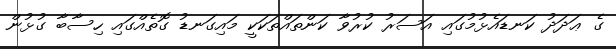
ގެ ޢަދަދު ކަނޑައެޅުމުގައި އަސަރު ކުރުވާ ކަންތައްތަކަކީ މައިގަނޑު ގޮތެއްގައި ހިސާބާ ގުޅުން